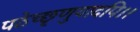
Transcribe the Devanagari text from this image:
पठेच्छृणुयादपि।।